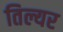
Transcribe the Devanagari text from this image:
तिल्यर